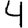
Digit: 4